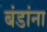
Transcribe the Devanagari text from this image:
बंडांना